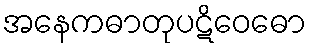
အနေကဓာတုပဋိဝေဓော